Scientific memoirs by medical officers of the Army of India - Part V,
Year: 1890
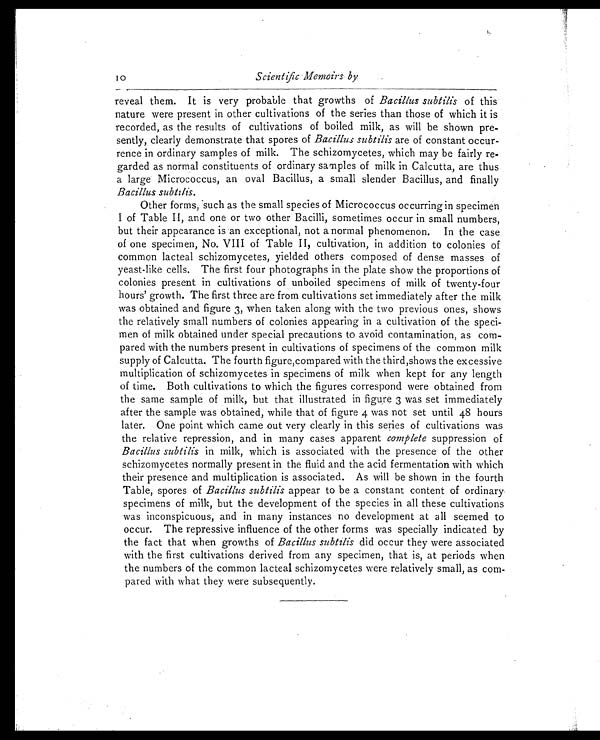
10
Scientific Memoirs by
reveal them. It is very probable that growths of Bacillus subtilis of this
nature were present in other cultivations of the series than those of which it is
recorded, as the results of cultivations of boiled milk, as will be shown pre
-sently, clearly demonstrate that spores of Bacillus subtilis are of constant occur
-rence in ordinary samples .of milk. The schizomycetes, which may be fairly re
-garded as normal constituents of ordinary samples of milk in Calcutta, are thus
a large Micrococcus, an oval Bacillus, a small slender Bacillus, and finally
Bacillus subtilis.
Other forms, such as the small species of Micrococcus occurring in specimen
I of Table II, and one or two other Bacilli, sometimes occur in small numbers,
but their appearance is an exceptional, not a normal phenomenon. In the case
of one specimen, No. VIII of Table II, cultivation, in addition to colonies of
common lacteal schizomycetes, yielded others composed of dense masses of
yeast-like cells. The first four photographs in the plate show the proportions of
colonies present in cultivations of unboiled specimens of milk of twenty-four
hours' growth. The first three are from cultivations set immediately after the milk
was obtained and figure 3, when taken along with the two previous ones, shows
the relatively small numbers of colonies appearing in a cultivation of the speci
-men of milk obtained under special precautions to avoid contamination, as com
- p a r e d w i t h t h e n u m b e r s p r e s e n t i n c u l t i v a t i o n s o f s p e c i m e n s o f t h e c o m m o n m i l k
supply of Calcutta. The fourth figure, compared with the third,shows the excessive
multiplication of schizomycetes in specimens of milk when kept for any length
of time. Both cultivations to which the figures correspond were obtained from
the same sample of milk, but that illustrated in figure 3 was set immediately
after the sample was obtained, while that of figure 4 was not set until 48 hours
later. One point which came out very clearly in this series of cultivations was
the relative repression, and in many cases apparent complete suppression of
Bacillus subtilis in milk, which is associated with the presence of the other
schizomycetes normally present in the fluid and the acid fermentation with which
their presence and multiplication is associated. As will be shown in the fourth
Table, spores of Bacillus subtilis appear to be a constant content of ordinary.
specimens of milk, but the development of the species in all these cultivations
was inconspicuous, and in many instances no development at all seemed to
occur. The repressive influence of the other forms was specially indicated by
the fact that when growths of Bacillus subtilis did occur they were associated
with the first cultivations derived from any specimen, that is, at periods when
the numbers of the common lacteal schizomycetes were relatively small, as com-
pared with what they were subsequently.